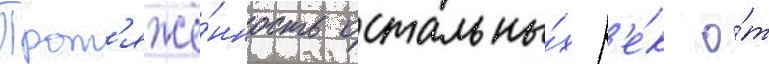
Прот'яжё́нность остальны́х р'е́к о́т